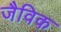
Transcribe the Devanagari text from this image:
जैविक